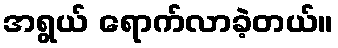
အရွယ် ရောက်လာခဲ့တယ်။